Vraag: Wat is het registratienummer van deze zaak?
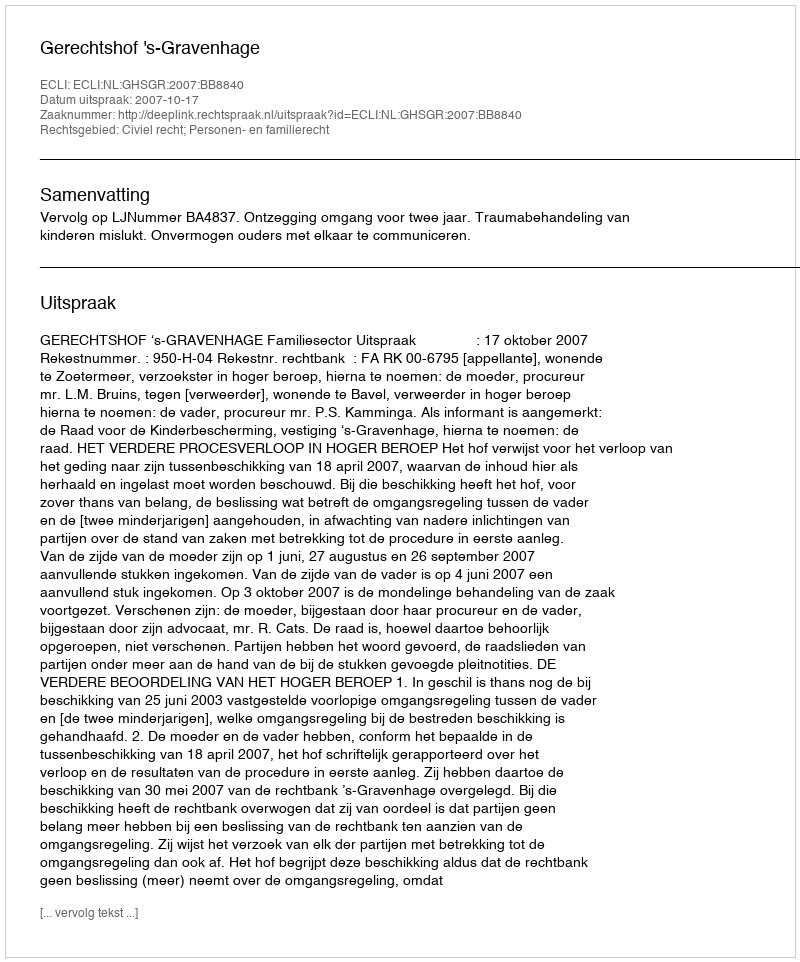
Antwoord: http://deeplink.rechtspraak.nl/uitspraak?id=ECLI:NL:GHSGR:2007:BB8840